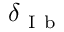
\delta _ { \mathrm { ~ I ~ b ~ } }